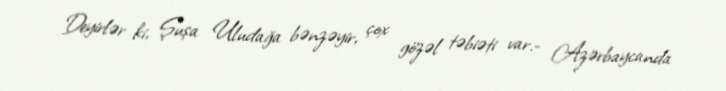
Deyirlər ki, Şuşa Uludağa bənzəyir, çox gözəl təbiəti var.- Azərbaycanda